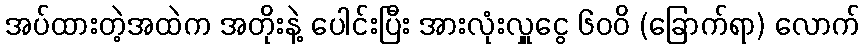
အပ်ထားတဲ့အထဲက အတိုးနဲ့ ပေါင်းပြီး အားလုံးလှူငွေ ၆၀၀ိ (ခြောက်ရာ) လောက်